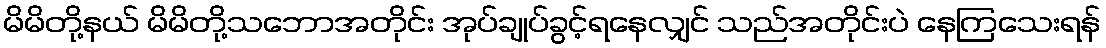
မိမိတို့နယ် မိမိတို့သဘောအတိုင်း အုပ်ချုပ်ခွင့်ရနေလျှင် သည်အတိုင်းပဲ နေကြသေးရန်